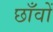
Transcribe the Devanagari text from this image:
छाँवों